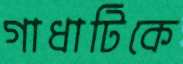
গাধাটিকে